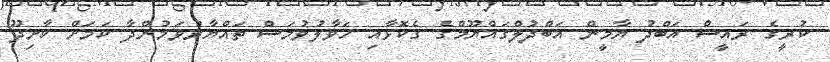
ކުރީގެ ރައީސް އަބްދު ޔާމީން އަބްދުލްގައްޔޫމްގެ ގެކޮޅާއި ހަވާލުވުމަސް ތައްޔާރުވަމުންދާ ކަމަށް ކާށިދޫ